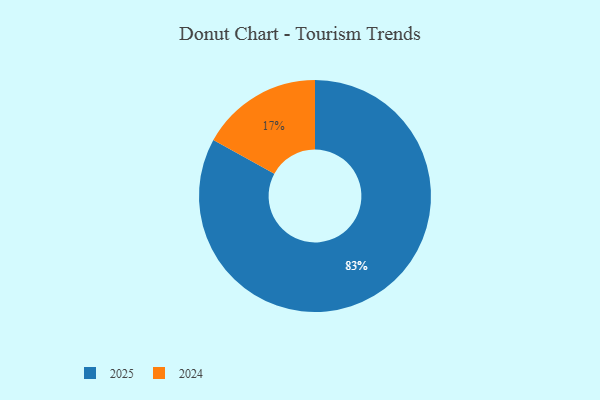
{"axis": {"x": "Category", "y": "Percentage"}, "legend": ["2024", "2025"], "data": [{"x": "2024", "y": 17, "type": "2024"}, {"x": "2025", "y": 83, "type": "2025"}]}